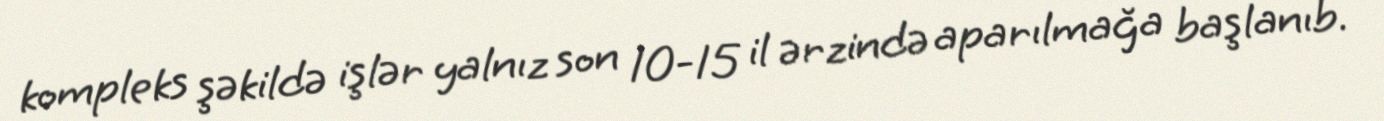
kompleks şəkildə işlər yalnız son 10-15 il ərzində aparılmağa başlanıb.